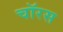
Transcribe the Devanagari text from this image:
चॉरस